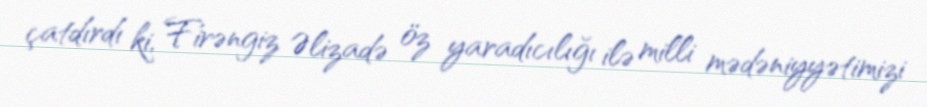
çatdırdı ki, Firəngiz Əlizadə öz yaradıcılığı ilə milli mədəniyyətimizi